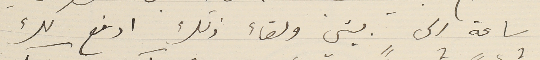
ساعة الى بيتي ولقاء ذلك ادفع لك